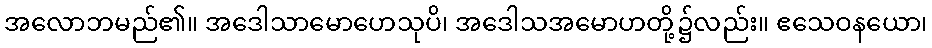
အလောဘမည်၏။ အဒေါသာမောဟေသုပိ၊ အဒေါသအမောဟတို့၌လည်း။ ဧသေဝနယော၊